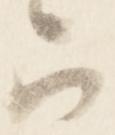
被